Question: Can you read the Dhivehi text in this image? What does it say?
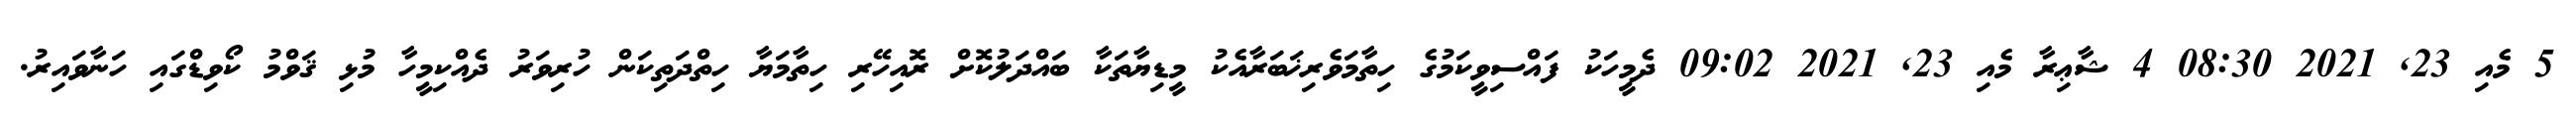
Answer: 5 މެއި 23, 2021 08:30 4 ޝާޢިރާ މެއި 23, 2021 09:02 ދެމީހަކު ފައްސިވީކަމުގެ ހިތާމަވެރިޚަބަރާއެކު މީޑިޔާތަކާ ބައްދަލުކޮށް ރޮއިހޭރި ހިތާމަޔާ ހިތްދަތިކަން ހުރިވަރު ދެއްކިމީހާ މުޅި ޤަވްމު ކޯވިޑްގައި ހަނާވައިރު.